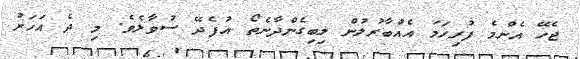
ޖެހޭ އެންމެ ފުރިހަމަ އެއްބާރުލުން ލިބިގެންދާނެތޯ އުފެދޭ ސުވާލެވެ. މި ދެ އަހަރު